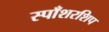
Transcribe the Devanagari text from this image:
स्पाँशरशिप